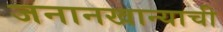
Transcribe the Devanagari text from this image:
जनानखान्याची